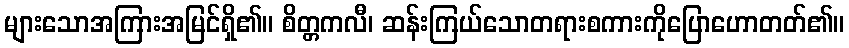
များသောအကြားအမြင်ရှိ၏။ စိတ္တကလီ၊ ဆန်းကြယ်သောတရားစကားကိုပြောဟောတတ်၏။